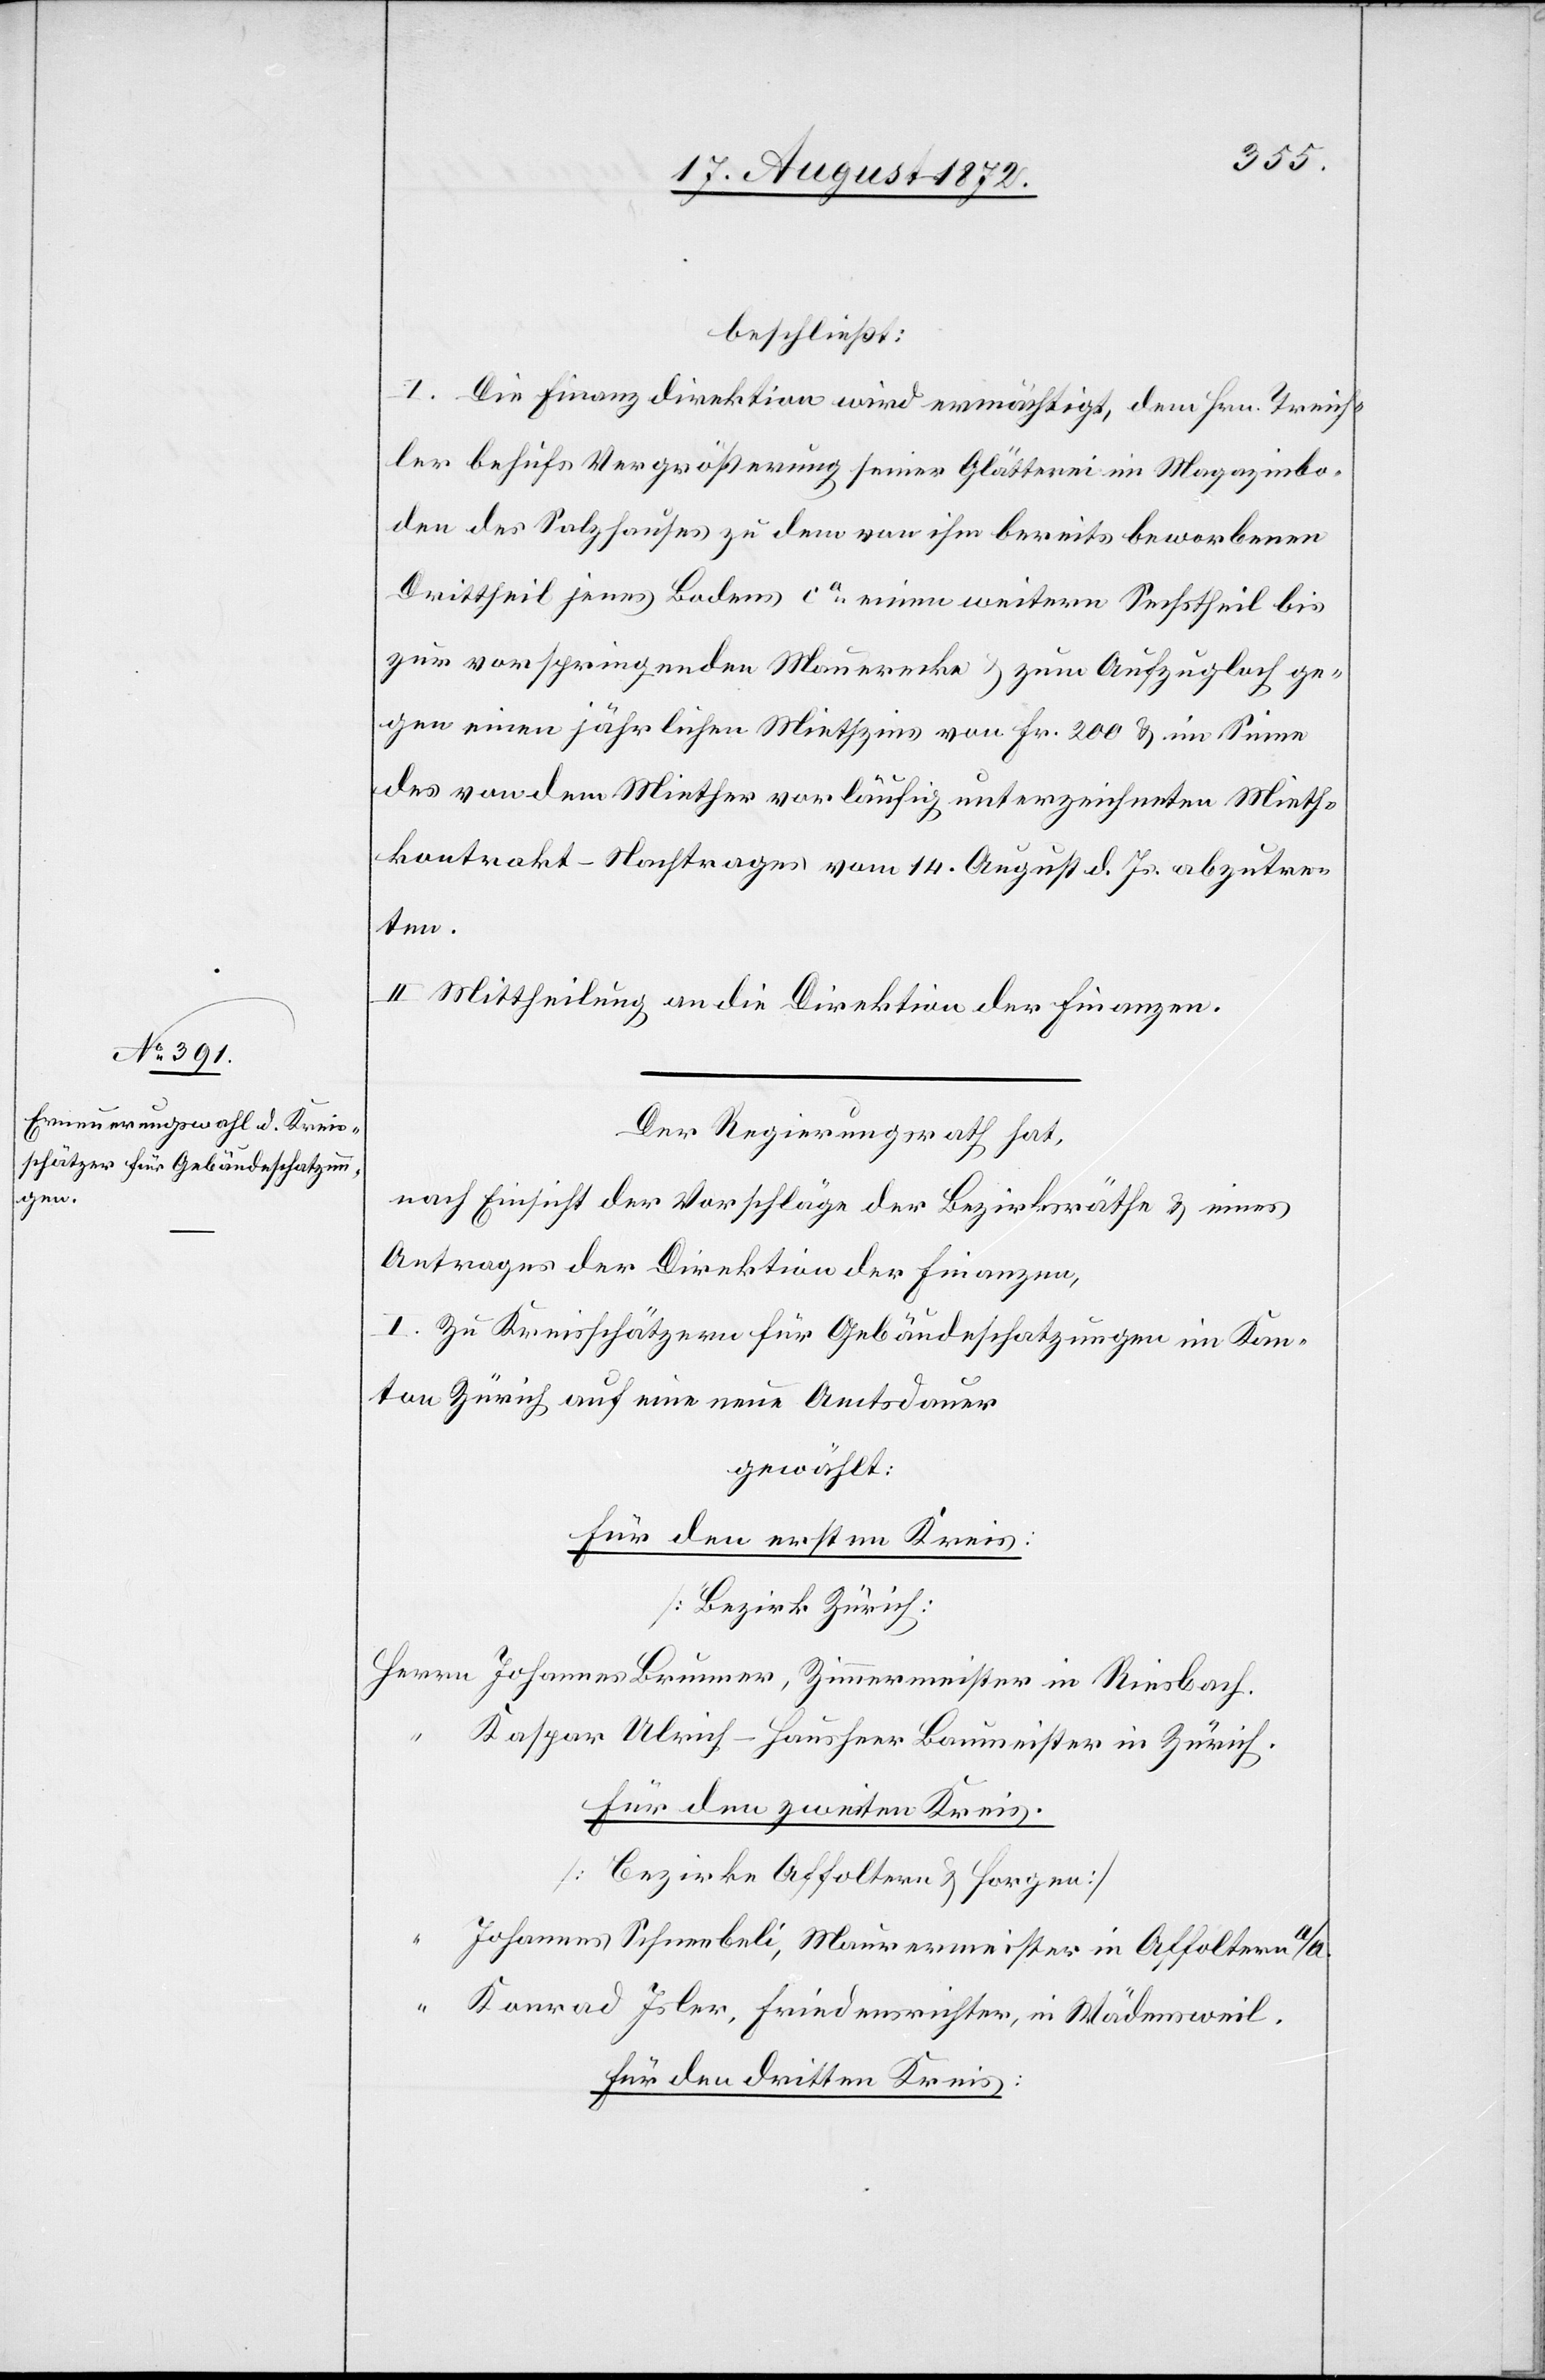
beschließt:
I. Die Finanzdirektion wird ermächtigt, dem Hrn. Treich¬
ler behufs Vergrößerung seiner Glätterei im Magazinbo¬
den des Salzhauses zu dem von ihm bereits beworbenen
Drittheil jenes Bodens ca einen weitern Sechstheil bis
zur vorspringenden Mauerecke u. zum Aufzugloch ge¬
gen einen jährlichen Miethzins von Fr. 200 u. im Sinne
des von dem Miether vorläufig unterzeichneten Mieth¬
kontrakt-Nachtrages vom 14. August d. Js. abzutre¬
ten.
II. Mittheilung an die Direktion der Finanzen.
Der Regierungsrath hat,
nach Einsicht der Vorschläge der Bezirksräthe u. eines
Antrages der Direktion der Finanzen,
I. Zu Kreisschätzern für Gebäudeschatzungen im Kan¬
ton Zürich auf eine neue Amtsdauer
gewählt:
Für den ersten Kreis:
[Bezirk Zürich]
Herrn
Kaspar Ulrich-Hausheer Baumeister in Zürich.
Für den zweiten Kreis.
[Bezirke Affoltern u. Horgen]
Johannes Schneebeli, Maurermeister in Affoltern a/A.
Konrad Isler, Friedensrichter, in Wädensweil.
Für den dritten Kreis: